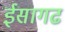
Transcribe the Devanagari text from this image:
ईसागढ